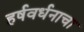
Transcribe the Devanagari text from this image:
हर्षवर्धनाचा